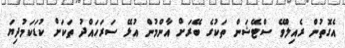
އެގޮތުން ރެއިލްވޭ ސްޓޭޝަން ތަކުގެ ބޭރަށް އާންމުން އުޅޭ ސަރަހައްދު ތަކަށް ކުޑަކަމުދިޔަ